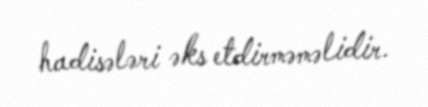
hadisələri əks etdirməməlidir.